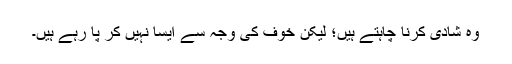
وہ شادی کرنا چاہتے ہیں؛ لیکن خوف کی وجہ سے ایسا نہیں کر پا رہے ہیں۔